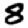
Digit: 8